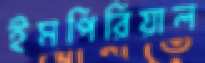
ইমপিরিয়াল